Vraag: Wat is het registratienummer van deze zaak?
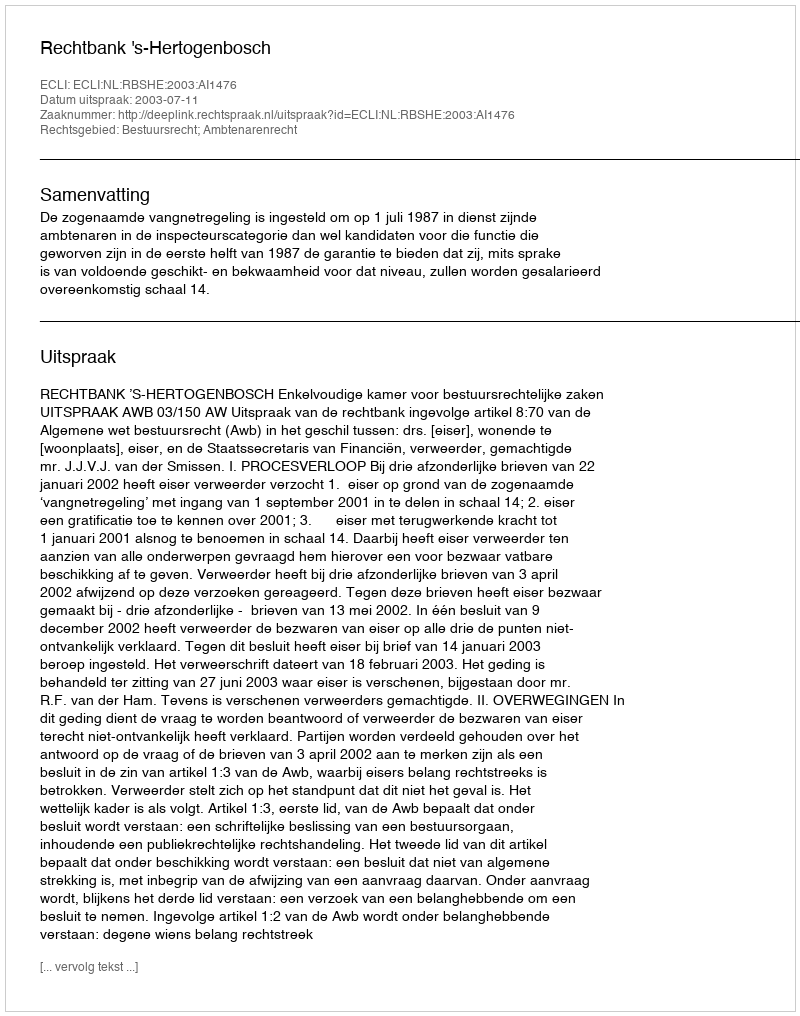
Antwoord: http://deeplink.rechtspraak.nl/uitspraak?id=ECLI:NL:RBSHE:2003:AI1476